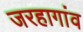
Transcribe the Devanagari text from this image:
जरहागांव